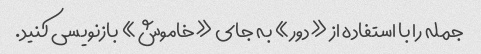
جمله را با استفاده از «دور» به جای «خاموش» بازنویسی کنید.